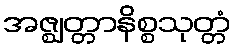
အဇ္ဈတ္တာနိစ္စသုတ္တံ